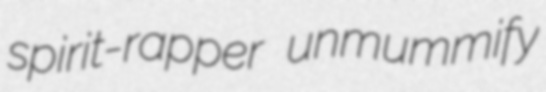
spirit-rapper unmummify